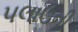
પલાઉની